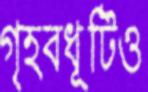
গৃহবধূটিও